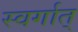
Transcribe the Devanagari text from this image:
स्वर्गात्